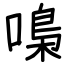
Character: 嘄